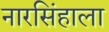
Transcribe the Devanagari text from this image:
नारसिंहाला